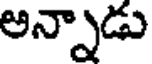
అన్నాడు